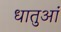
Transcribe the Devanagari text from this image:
धातुआं